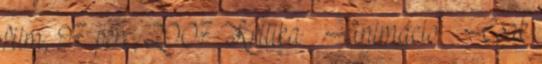
film, 97 perc, 2007 Kritika Animáció Csak